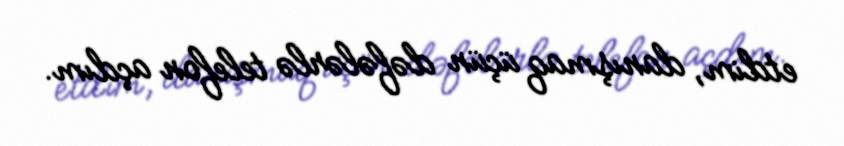
etdim, danışmaq üçün dəfələrlə telefon açdım.